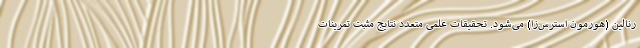
رنالین (هورمون استرس‌زا) می‌شود. تحقیقات علمی متعدد نتایج مثبت تمرینات